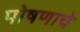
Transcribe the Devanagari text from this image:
पोषणाचे